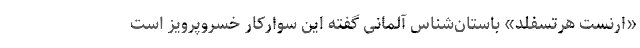
«ارنست هرتسفلد» باستان‌شناس آلمانی گفته این سوارکار خسروپرویز است